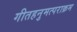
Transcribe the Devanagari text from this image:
गीतहनुमत्पराक्रम